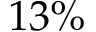
1 3 \%